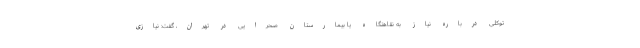
توکلی درباره نیاز به نقاهتگاه یا بیمارستان صحرایی در تهران، گفت: نیازی